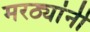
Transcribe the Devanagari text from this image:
मरठ्यांनी